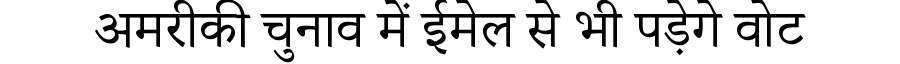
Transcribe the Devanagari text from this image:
अमरीकी चुनाव में ईमेल से भी पड़ेगे वोट